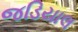
જડિયાલ